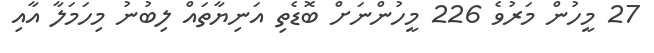
27 މީހުން މަރުވެ 226 މީހުންނަށް ބޮޑެތި އަނިޔާތައް ލިބުނު މިހަމަލާ އާއި